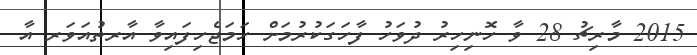
2015 މާރިޗު 28 ވާ ހޮނިހިރު ދުވަހު ފާހަގަކުރުމަށް ހަމަޖެހިފައިވާ އާރތުއަވަރ އާ